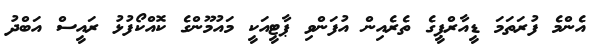
އެންމެ ފުރަތަމަ ޑީއާރްޕީގެ ތެރެއިން އުފަންވި ޕާޓީއަކީ މައުމޫންގެ ކޮއްކޯފުޅު ރައީސް އަބްދު